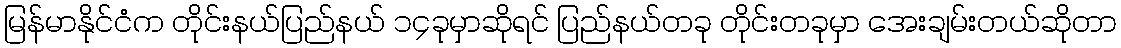
မြန်မာနိုင်ငံက တိုင်းနယ်ပြည်နယ် ၁၄ခုမှာဆိုရင် ပြည်နယ်တခု တိုင်းတခုမှာ အေးချမ်းတယ်ဆိုတာ